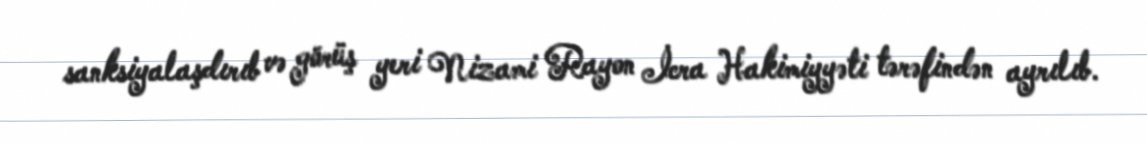
sanksiyalaşdırıb və görüş yeri Nizami Rayon İcra Hakimiyyəti tərəfindən ayrılıb.